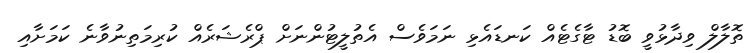
ތޮލާލް ވިދާޅުވީ ބޮޑު ޓާގެޓެއް ކަނޑައެޅި ނަމަވެސް އެތުލީޓުންނަށް ޕްރެޝަރެއްް ކުރިމަތިނުވާނެ ކަމަށާއި